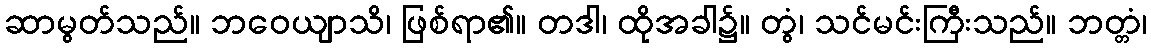
ဆာမွတ်သည်။ ဘဝေယျာသိ၊ ဖြစ်ရာ၏။ တဒါ၊ ထိုအခါ၌။ တွံ၊ သင်မင်းကြီးသည်။ ဘတ္တံ၊